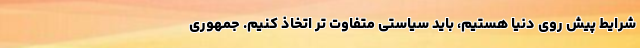
شرایط پیش روی دنیا هستیم، باید سیاستی متفاوت تر اتخاذ کنیم. جمهوری